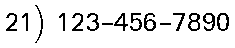
21) 123-456-7890